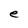
Character: e